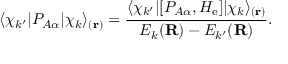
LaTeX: \langle \chi _ { k ^ { \prime } } | P _ { A \alpha } | \chi _ { k } \rangle _ { ( \mathbf { r } ) } = { \frac { \langle \chi _ { k ^ { \prime } } | [ P _ { A \alpha } , H _ { \mathrm { e } } ] | \chi _ { k } \rangle _ { ( \mathbf { r } ) } } { E _ { k } ( \mathbf { R } ) - E _ { k ^ { \prime } } ( \mathbf { R } ) } } .